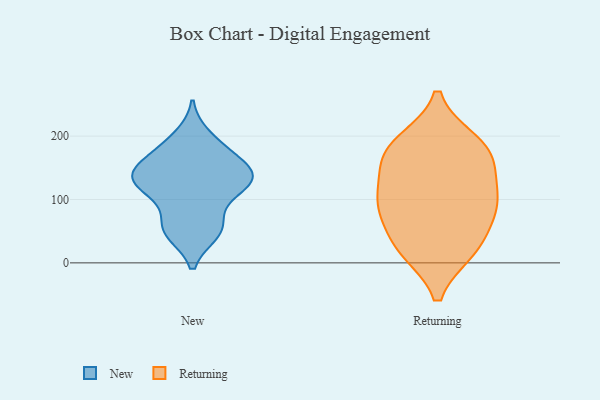
{"axis": {"x": "Churn Rate (%)", "y": "Value"}, "legend": ["New", "Returning"], "data": [{"x": "", "y": 120, "type": "New"}, {"x": "", "y": 138, "type": "New"}, {"x": "", "y": 110, "type": "New"}, {"x": "", "y": 58, "type": "New"}, {"x": "", "y": 123, "type": "New"}, {"x": "", "y": 181, "type": "New"}, {"x": "", "y": 147, "type": "New"}, {"x": "", "y": 48, "type": "New"}, {"x": "", "y": 199, "type": "New"}, {"x": "", "y": 53, "type": "New"}, {"x": "", "y": 144, "type": "New"}, {"x": "", "y": 54, "type": "New"}, {"x": "", "y": 139, "type": "New"}, {"x": "", "y": 175, "type": "New"}, {"x": "", "y": 148, "type": "New"}, {"x": "", "y": 117, "type": "New"}, {"x": "", "y": 154, "type": "Returning"}, {"x": "", "y": 110, "type": "Returning"}, {"x": "", "y": 188, "type": "Returning"}, {"x": "", "y": 20, "type": "Returning"}, {"x": "", "y": 20, "type": "Returning"}, {"x": "", "y": 91, "type": "Returning"}, {"x": "", "y": 26, "type": "Returning"}, {"x": "", "y": 101, "type": "Returning"}, {"x": "", "y": 91, "type": "Returning"}, {"x": "", "y": 69, "type": "Returning"}, {"x": "", "y": 175, "type": "Returning"}, {"x": "", "y": 191, "type": "Returning"}, {"x": "", "y": 159, "type": "Returning"}]}